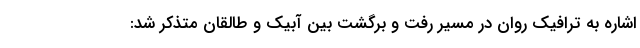
اشاره به ترافیک روان در مسیر رفت و برگشت بین آبیک و طالقان متذکر شد: